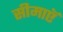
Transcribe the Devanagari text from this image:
सीमाएॅ